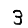
Digit: 3